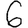
Digit: 6